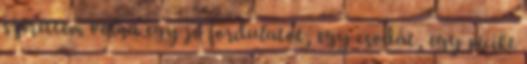
szerettem volna egy jó fordulatot, egy csodát, egy picike